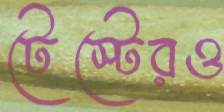
টেস্টেরও